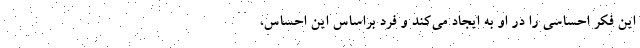
این فکر احساسی را در او به‌ ایجاد می‌کند و فرد براساس این احساس،